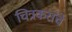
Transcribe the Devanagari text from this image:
चित्रकरांचे